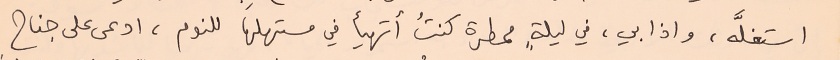
استغلَّه، واذا بي، في ليلةٍ ممطرة كنتُ أتهيأ في مستهلها للنوم، ادعى على جناح